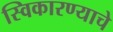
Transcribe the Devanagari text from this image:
स्विकारण्याचे